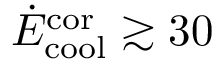
\dot { E } _ { \mathrm { c o o l } } ^ { \mathrm { c o r } } \gtrsim 3 0